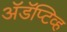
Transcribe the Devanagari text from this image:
अॅडॅप्टिव्ह